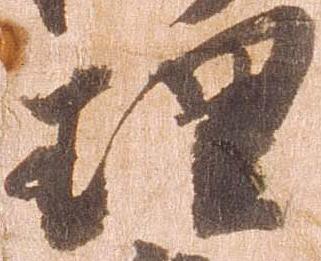
理